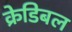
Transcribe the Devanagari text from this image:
क्रेडिबल